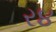
ર૪